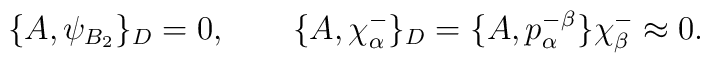
\{A,\psi_{B_2}\}_D=0, \qquad \{A,\chi^-_\alpha\}_D=\{A,p^-_\alpha{}^\beta\}\chi^-_\beta\approx0.